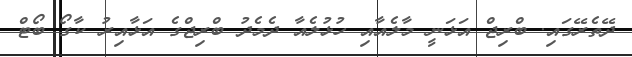
ދޭތެރޭގައި. ބްރިޖް އަޅަނީ މާލެއާއި ހުޅުލެއާ ދެމެދު ބްރިޖްގެ އަޅާއިރު ކާގޯ ބޯޓް